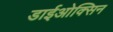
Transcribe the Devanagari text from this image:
डाईओक्सिन